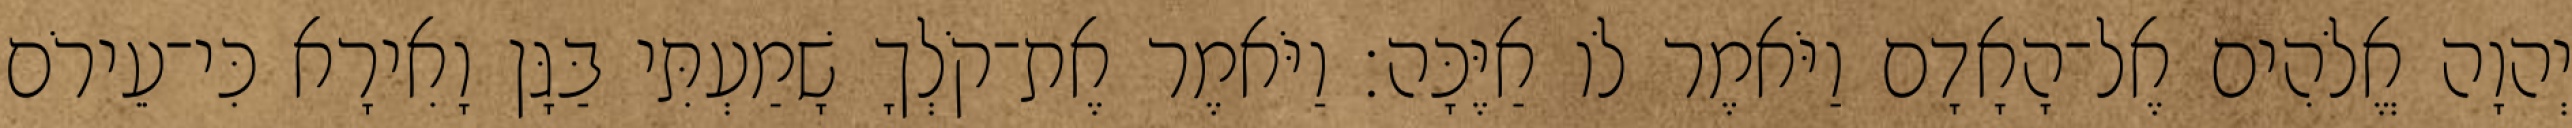
יְהוָה אֱלֹהִים אֶל־הָאָדָם וַיֹּאמֶר לֹו אַיֶּכָּה׃ וַיֹּאמֶר אֶת־קֹלְךָ שָׁמַעְתִּי בַּגָּן וָאִירָא כִּי־עֵירֹם